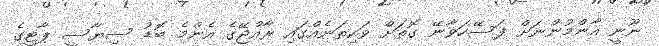
ނޫނީ އާންމުންނަށް ފަސޭހަވާނޭ ގޮތަށް ވަކިތަނެއްގައި ރާއްޖޭގެ އެންމެ ބޮޑު ސިޔާސީ ޕާޓީގެ